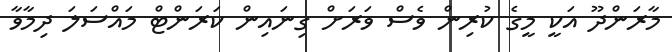
މާރަންދޫ އަކީ މީގެ ކުރިން ވެސް ވަރަށް ގިނައިން ކަރަންޓް މައްސަލަ ދިމާވާ